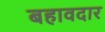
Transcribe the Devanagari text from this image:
बहावदार